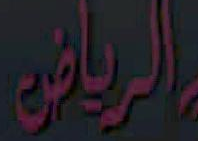
الرياض